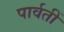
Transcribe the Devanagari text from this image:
पार्वतीं